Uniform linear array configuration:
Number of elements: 4
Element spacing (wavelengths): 0.25
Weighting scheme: blackman
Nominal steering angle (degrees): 60
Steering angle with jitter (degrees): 59.765
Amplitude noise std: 0.05
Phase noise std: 0.05

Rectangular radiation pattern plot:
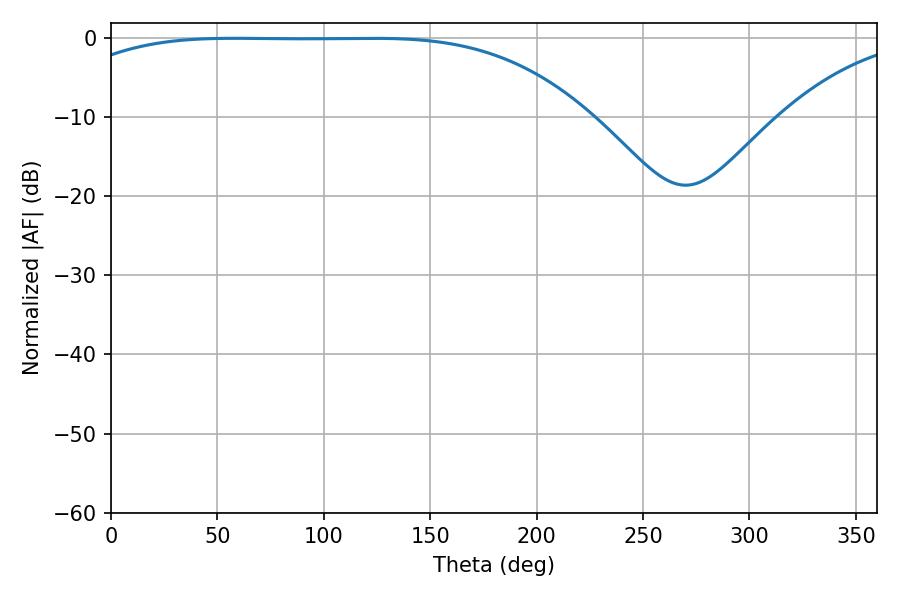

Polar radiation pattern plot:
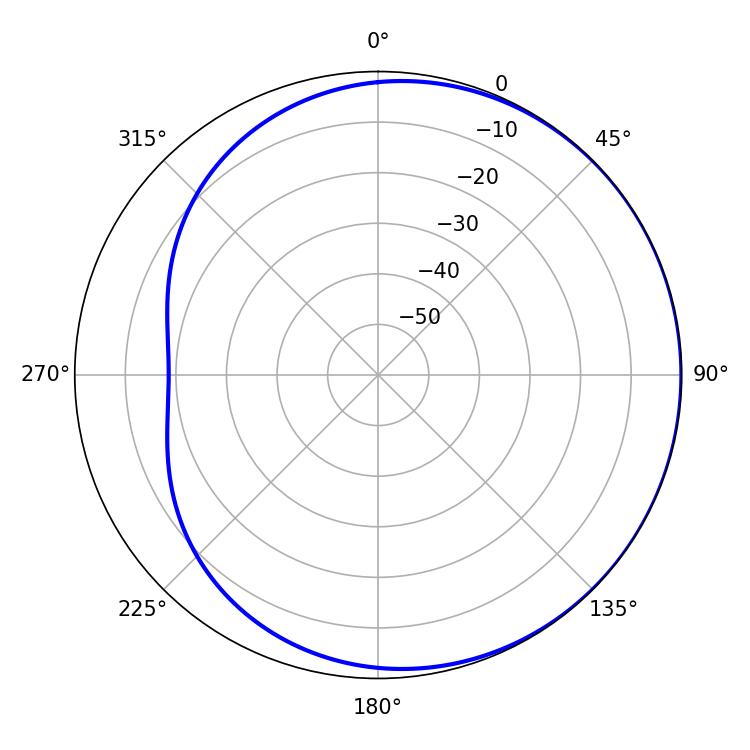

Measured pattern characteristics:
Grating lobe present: FALSE
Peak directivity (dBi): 0.6263
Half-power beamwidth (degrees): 188.46
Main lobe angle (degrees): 58.14